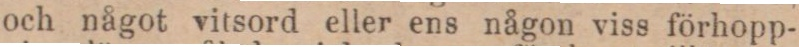
och något vitsord eller ens någon viss förhopp-